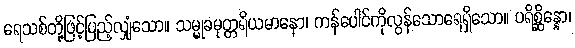
ရေသစ်တို့ဖြင့်ပြည့်လျှံသော။ သမ္မုခမုတ္တရိယမာနော၊ ကန်ပေါင်ကိုလွန်သောရေရှိသော။ ပရိစ္ဆိန္နော၊